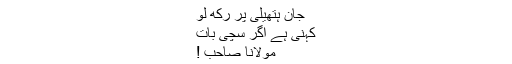
جان ہتھیلی پر رکھ لو
کہنی ہے اگر سچی بات
مولانا صاحب !